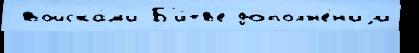
 войска́м'и Б'и́тв'е дополн'е́н'иjи